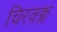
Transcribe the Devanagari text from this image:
चिरक्क्ल